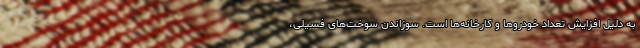
به دلیل افزایش تعداد خودروها و کارخانه‌ها است. سوزاندن سوخت‌های فسیلی،